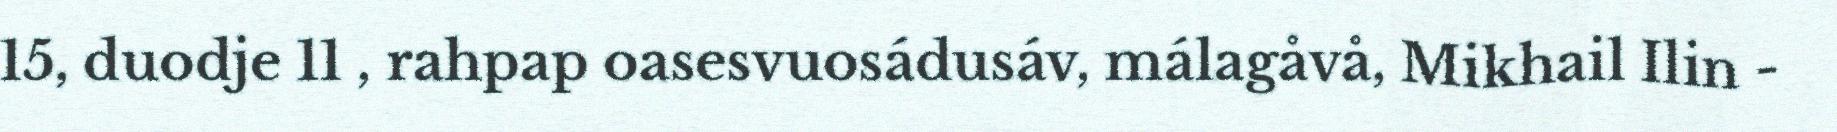
15, duodje 11 , rahpap oasesvuosádusáv, málagåvå, Mikhail Ilin -